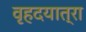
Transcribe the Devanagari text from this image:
वृहदयात्रा